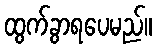
ထွက်ခွာရပေမည်။